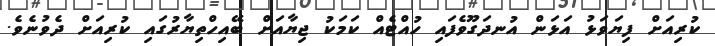
ކުރިއަށް ފިޔަވަޅު އަޅަން އުނދަގޫވެފައި ހުއްޓެއް ކަމަކު ޖިޔާއަށް ބޭއިހްތިޔާރުގައި ކުރިއަށް ދެވުނެވެ.